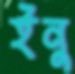
ইনু